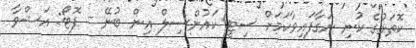
ކޮތަޅުގެ ކުނި ނަގާފައިވާކަމަށް ސިޓީ ކައުންސިލް އިން ބުނޭ - ފޮޓޯ: އަޝްވާ